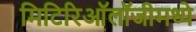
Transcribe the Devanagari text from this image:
मिटिरिऑलॉजीमध्ये